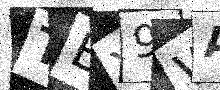
Text: TBY9WA